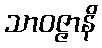
သာဝဇ္ဇာနိ